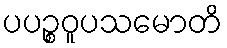
ပပဉ္စဝူပသမောတိ